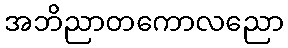
အဘိညာတကောလညော